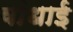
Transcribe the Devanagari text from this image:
वांधाई